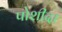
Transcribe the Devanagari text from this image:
पोशीदा